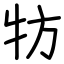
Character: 牥